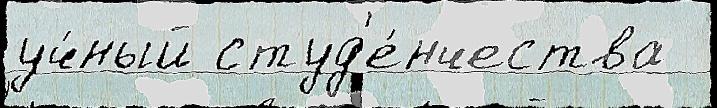
уч́ный студ'е́нчества